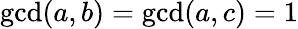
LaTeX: \operatorname*{gcd}(a,b)=\operatorname*{gcd}(a,c)=1